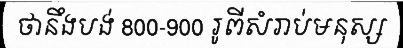
ថានឹងបង់ 800-900 រូពីសំរាប់មនុស្ស